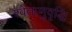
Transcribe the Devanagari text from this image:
श्वेताणुवृद्धि